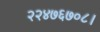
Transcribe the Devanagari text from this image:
२२४७६७०८।